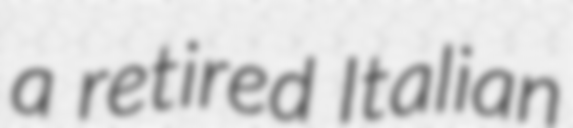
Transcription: a retired Italian